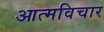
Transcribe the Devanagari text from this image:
आत्मविचार